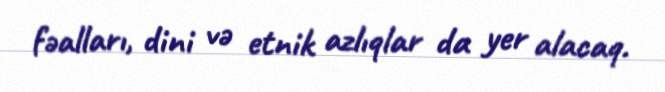
fəalları, dini və etnik azlıqlar da yer alacaq.